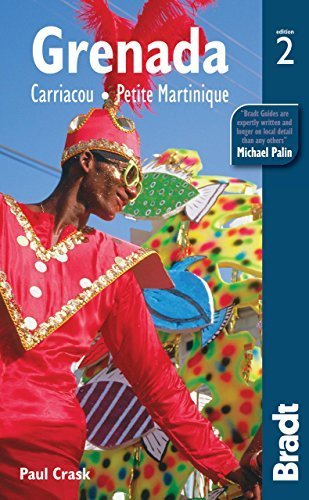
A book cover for Grenada: Carriacou . Petite Martinique (Bradt Travel Guides) by Crask, Paul (2012) Paperback; Travel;